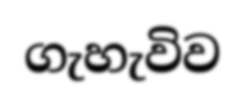
ගැහැවිව